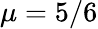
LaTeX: \mu=5/6